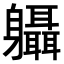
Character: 𨊞